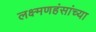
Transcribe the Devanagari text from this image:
लक्ष्मणहंसांच्या